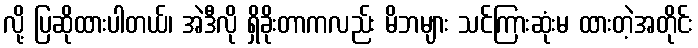
လို့ ပြဆိုထားပါတယ်၊ အဲဒီလို ရှိခိုးတာကလည်း မိဘများ သင်ကြားဆုံးမ ထားတဲ့အတိုင်း